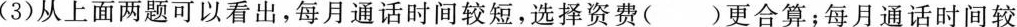
(3)从上面两题可以看出，每月通话时间较短，选择资费()更合算；每月通话时间较